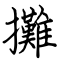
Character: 攤